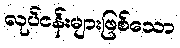
လုပ်ငန်းများဖြစ်သော